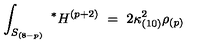
\int _ { S _ { ( 8 - p ) } } \ ^ { * } H ^ { ( p + 2 ) } \ = \ 2 \kappa _ { ( 1 0 ) } ^ { 2 } \rho _ { ( p ) }